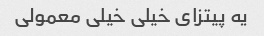
یه پیتزای خیلی خیلی معمولی